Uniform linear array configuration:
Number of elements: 4
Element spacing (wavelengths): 0.5
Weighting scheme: blackman
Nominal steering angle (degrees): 45
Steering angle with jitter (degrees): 43.893
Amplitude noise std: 0.05
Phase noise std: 0.05

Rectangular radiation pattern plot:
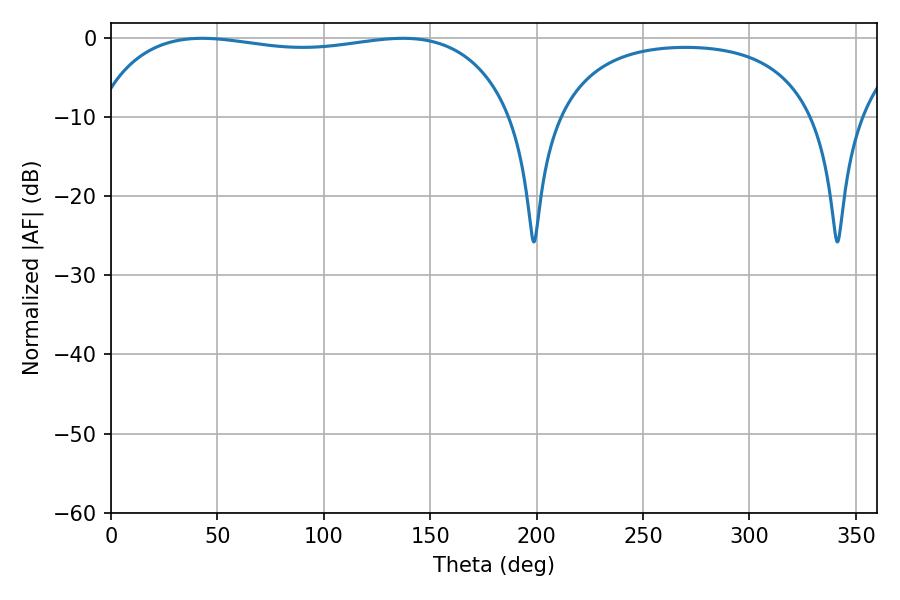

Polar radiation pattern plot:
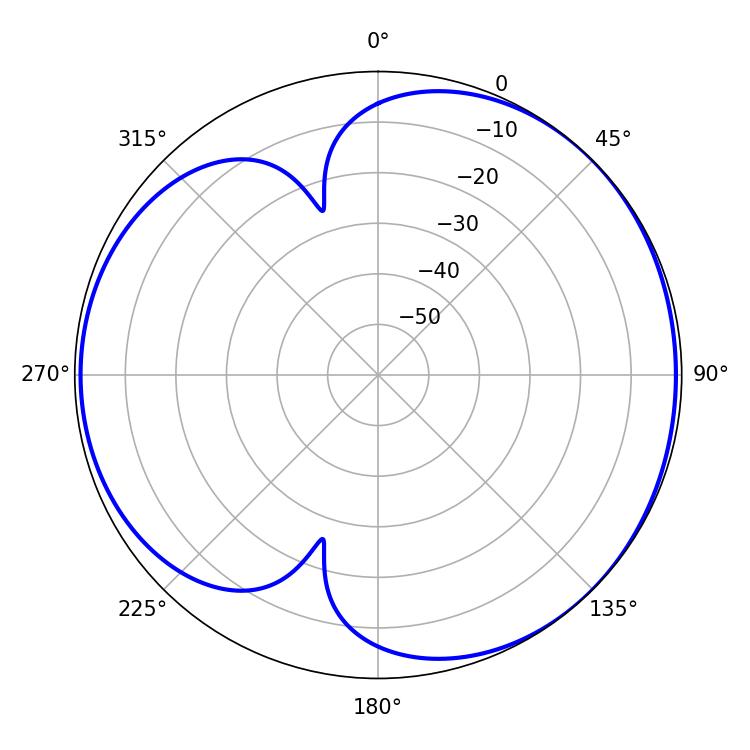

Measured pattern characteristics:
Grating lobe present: FALSE
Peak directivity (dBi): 4.239
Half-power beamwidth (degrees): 159.12
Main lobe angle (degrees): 42.84